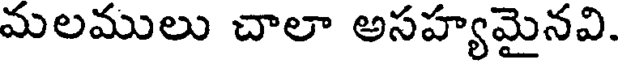
మలములు చాలా అసహ్యమైనవి.